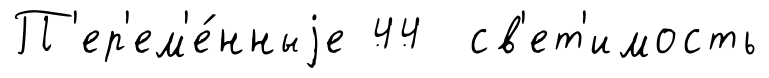
П'ер'ем'е́нныjе 44 св'ет'имость